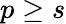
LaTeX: p\geq s